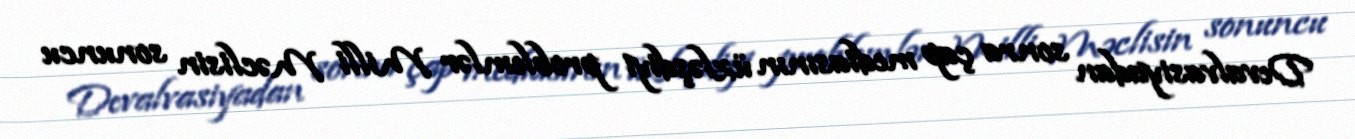
Devalvasiyadan sonra çap mediasının üzləşdiyi problemlər Milli Məclisin sonuncu